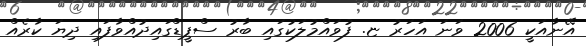
އޭނާއަކީ 2006 ވަނަ އަހަރު ޏ. ފުވައްމުލަކުގައި ބާރު ސްޕީޑްގައިދުއްވާފައި ދިޔަ ކާރެއް